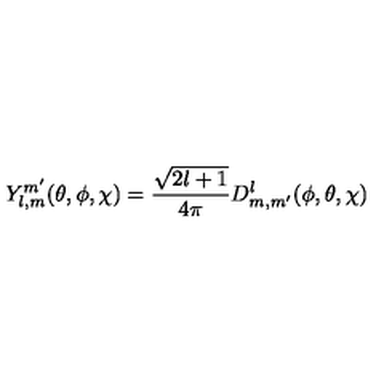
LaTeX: Y _ { l , m } ^ { m ^ { \prime } } ( \theta , \phi , \chi ) = \frac { \sqrt { 2 l + 1 } } { 4 \pi } D _ { m , m ^ { \prime } } ^ { l } ( \phi , \theta , \chi )